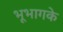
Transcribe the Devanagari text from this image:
भूभागके